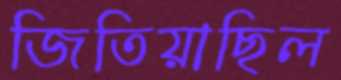
জিতিয়াছিল